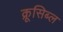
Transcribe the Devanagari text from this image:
क्रूसिब्ल